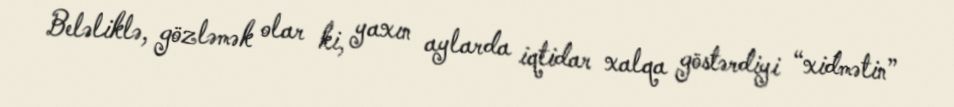
Beləliklə, gözləmək olar ki, yaxın aylarda iqtidar xalqa göstərdiyi “xidmətin”